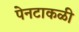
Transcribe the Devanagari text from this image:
पेनटाकळी